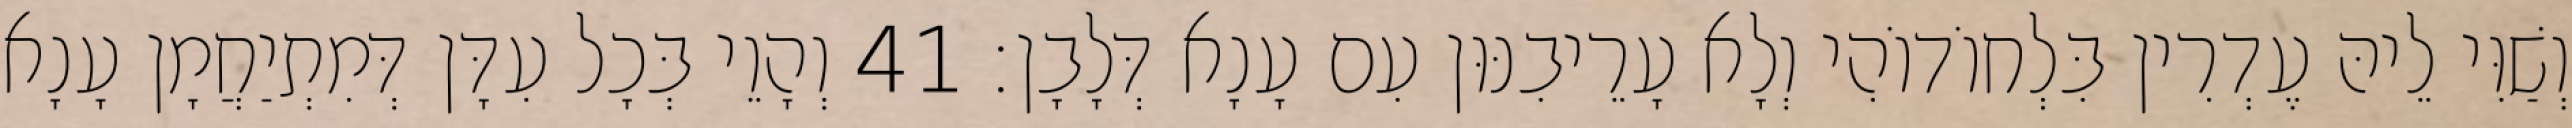
וְשַׁוִּי לֵיהּ עֶדְרִין בִּלְחוֹדוֹהִי וְלָא עָרֵיבִנּוּן עִם עָנָא דְּלָבָן׃ 41 וְהָוֵי בְּכָל עִדָּן דְּמִתְיַחֲמָן עָנָא